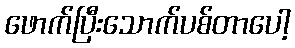
ဖောက်ပြီးသောက်ပစ်တာပေါ့